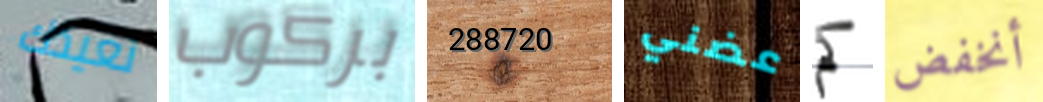
نعيدك بركوب 288720 عضني كم أنخفض